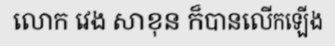
លោក វេង សាខុន ក៏បានលើកឡើង